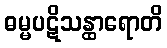
ဓမ္မပဋိသန္ထာရောတိ